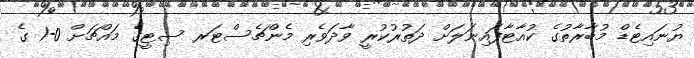
ޔުނައިޓެޑް މުބާރާތުގެ ކުއާޓާފައިނަލަށް ދަތުރުކުރީ ވާދަވެރި މެންޗެސްޓަރ ސިޓީގެ މައްޗަށް 0-1 ގެ